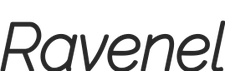
Ravenel